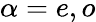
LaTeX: \alpha=e,o